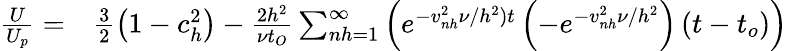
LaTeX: \begin{array}{rl}{\frac{U}{U_{p}}=}&{{}\frac{3}{2}\left(1-c_{h}^{2}\right)-\frac{2h^{2}}{\nu t_{O}}\sum_{nh=1}^{\infty}\left(e^{-v_{nh}^{2}\nu/h^{2})t}\left(-e^{-v_{nh}^{2}\nu/h^{2}}\right)\left(t-t_{o}\right)\right)}\end{array}